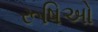
રૂષિઓ